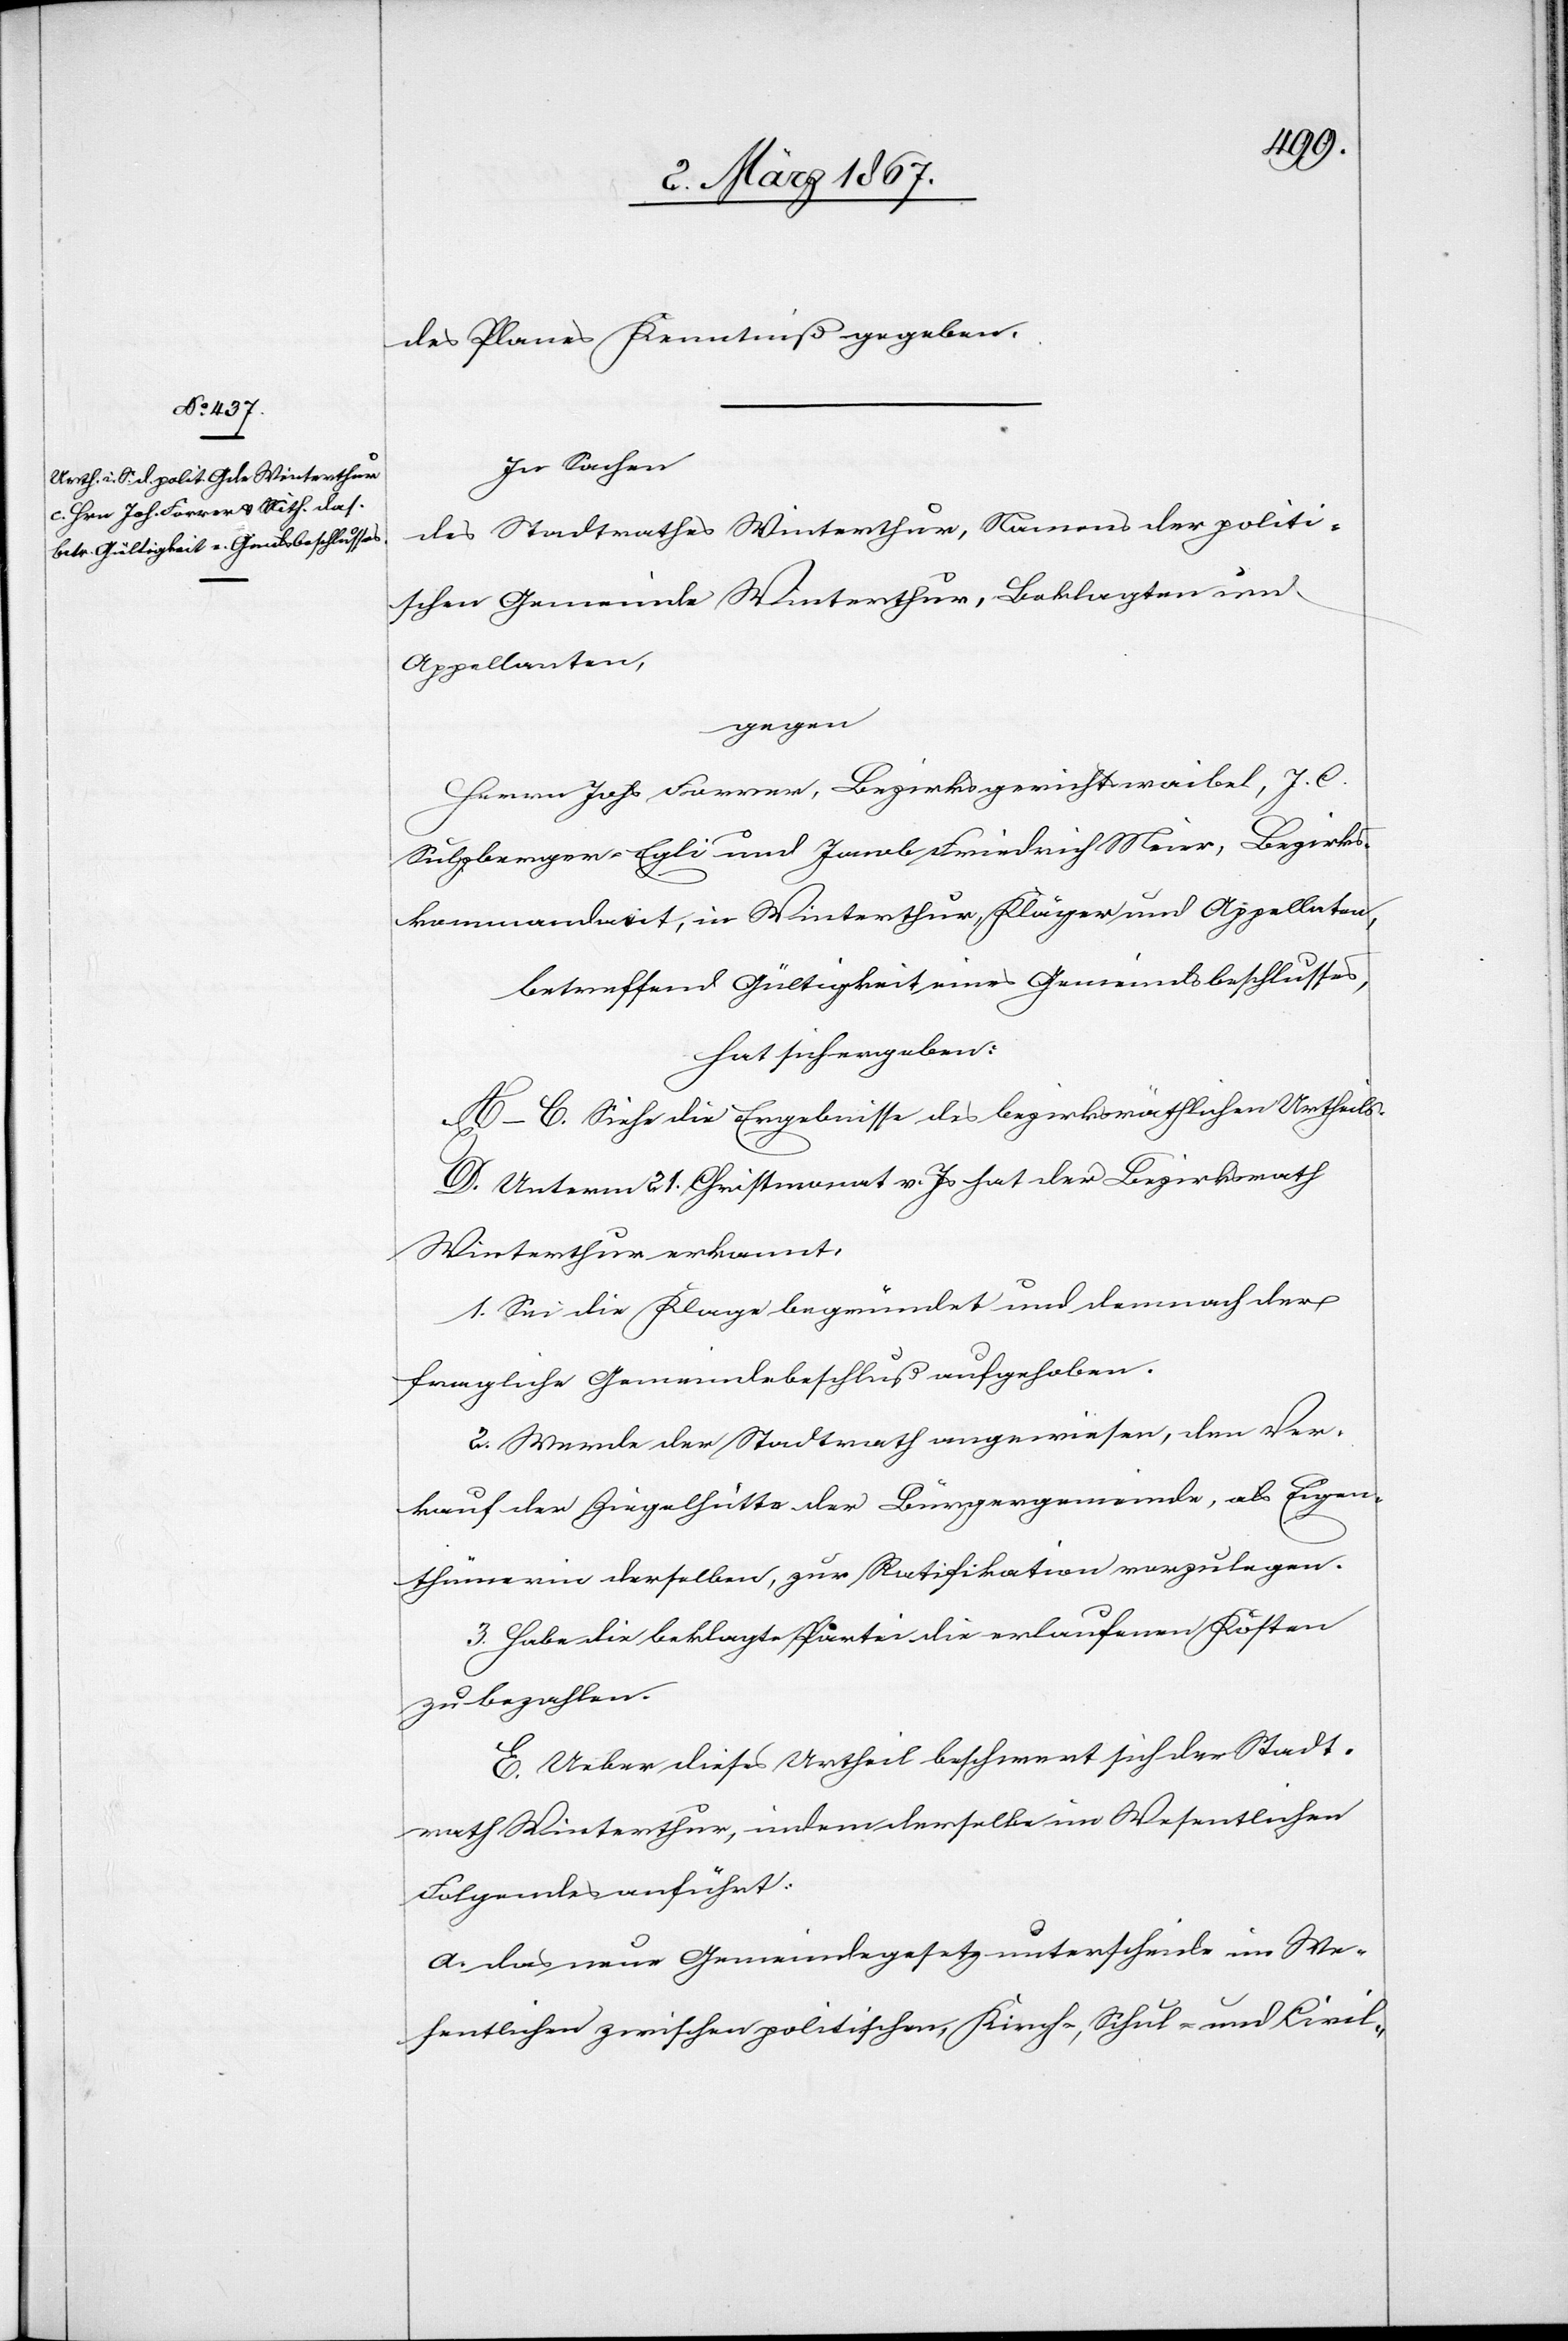
des Planes Kenntniß gegeben.
In Sachen
des Stadtrathes Winterthur, Namens der politi¬
schen Gemeinde Winterthur, Beklagten und
Appellanten,
gegen
Herrn Johs Forrer, Bezirksgerichtswaibel, J. C.
Sulzberger-Egli und Jacob Friedrich Meier, Bezirks¬
kommandant, in Winterthur, Kläger und Appellaten,
betreffend Gültigkeit eines Gemeindsbeschlusses,
hat sich ergeben:
A–C. Siehe die Ergebnisse des bezirksräthlichen Urtheils.
D. Unterm 21. Christmonat v. Js hat der Bezirksrath
Winterthur erkannt:
1. Sei die Klage begründet und demnach der
fragliche Gemeindebeschluß aufgehoben.
2. Werde der Stadtrath angewiesen, den Ver¬
kauf der Ziegelhütte der Bürgergemeinde, als Eigen¬
thümerin derselben, zur Ratifikation vorzulegen.
3. Habe die beklagte Partei die erlaufenen Kosten
zu bezahlen.
E. Ueber dieses Urtheil beschwert sich der Stadt¬
rath Winterthur, indem derselbe im Wesentlichen
Folgendes anführt:
a. das neue Gemeindegesetz unterscheide im We¬
sentlichen zwischen politischen, Kirch-, Schul- und Civil-